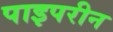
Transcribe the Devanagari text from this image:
पाइपरीन